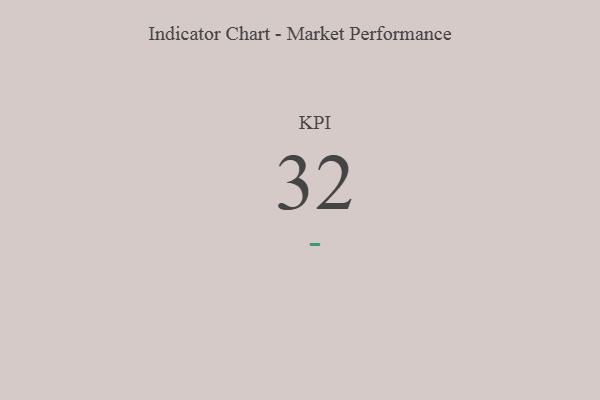
{"axis": {"x": "KPI", "y": "Value"}, "legend": [""], "data": [{"x": "KPI", "y": 32, "type": ""}]}